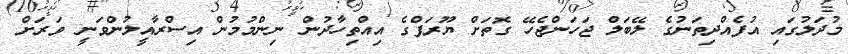
މުދަލުގައި އުފެއްދިތަނުގެ ލޭބަލް ޖަހަންޖެހޭ ގޮތަށް ޔޫރަޕްގެ އިއްތިހާދުން ނިންމުމުން އިސްރާއީލުންވަނީ ވަރަށް